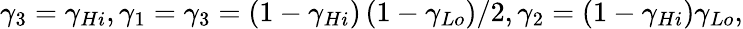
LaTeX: {{\gamma}_{3}}={{\gamma}_{Hi}},{{\gamma}_{1}}={{\gamma}_{3}}=\left(1-{{\gamma}_{Hi}}\right)\left(1-{{\gamma}_{Lo}}\right)/2,{{\gamma}_{2}}=\left(1-{{\gamma}_{Hi}}\right){{\gamma}_{Lo}},